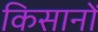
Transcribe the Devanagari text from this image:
किसानों